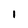
Character: 1